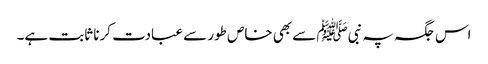
اس جگہ پہ نبیﷺ سے بھی خاص طور سے عبادت کرنا ثابت ہے۔